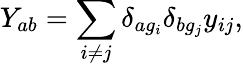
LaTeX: Y_{ab}=\sum_{i\neq j}\delta_{ag_{i}}\delta_{bg_{j}}y_{ij},